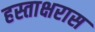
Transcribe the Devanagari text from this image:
हस्ताक्षरास